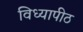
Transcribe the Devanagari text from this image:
विध्यापीठ